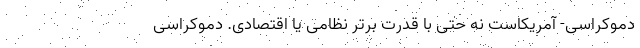
دموکراسی- آمریکاست نه حتی با قدرت برتر نظامی یا اقتصادی. دموکراسی